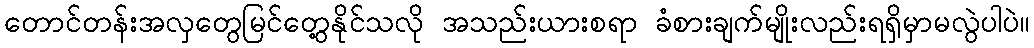
တောင်တန်းအလှတွေမြင်တွေ့နိုင်သလို အသည်းယားစရာ ခံစားချက်မျိုးလည်းရရှိမှာမလွဲပါပဲ။